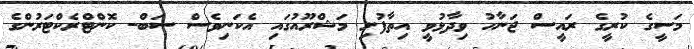
މަސީގެ ކުރީގެ ރައީސް ޖަނާހު ވިދާޅުވީ އިތާފުށި މަޝްރޫއުގައި އެކަނިވެސް ސަބް- ކޮންޓްރެކްޓަރުންގެ